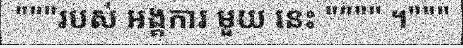
"""របស់ អង្គការ មួយ នេះ """" ។"""